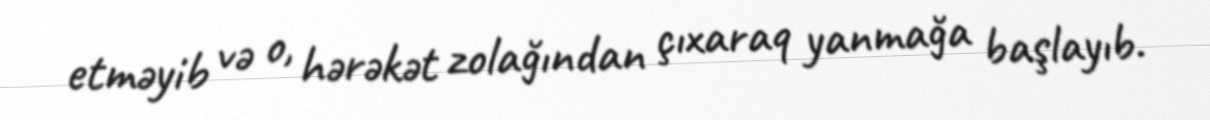
etməyib və o, hərəkət zolağından çıxaraq yanmağa başlayıb.